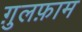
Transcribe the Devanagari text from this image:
ग़ुलफ़ाम